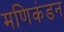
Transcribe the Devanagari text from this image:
मणिकंडन